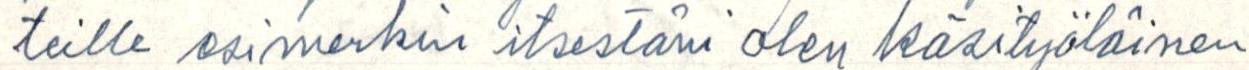
teille esimerkin itsestäni olen käsityöläinen